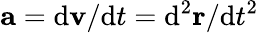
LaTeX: \mathbf{a}=\mathrm{d}\mathbf{v}/\mathrm{d}t=\mathrm{d}^{2}\mathbf{r}/\mathrm{d}t^{2}